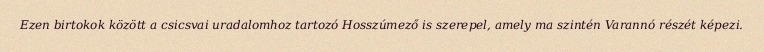
Ezen birtokok között a csicsvai uradalomhoz tartozó Hosszúmező is szerepel, amely ma szintén Varannó részét képezi.